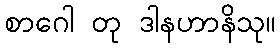
စာဂေါ တု ဒါနဟာနိသု။